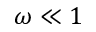
\omega \ll 1